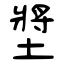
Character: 墏